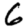
Digit: 6